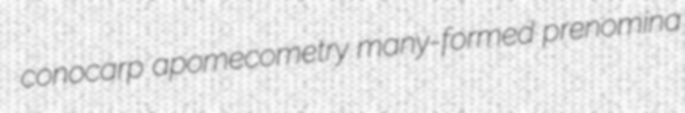
conocarp apomecometry many-formed prenomina